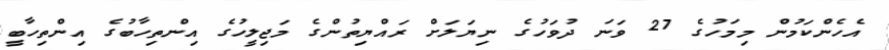
އެހެންކަމުން މިމަހުގެ 27 ވަނަ ދުވަހުގެ ނިޔަލަށް ރައްޔިތުންގެ މަޖިލީހުގެ އިންތިހާބުގެ އިންތިހާބީ